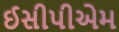
ઈસીપીએમ